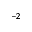
^ { - 2 }